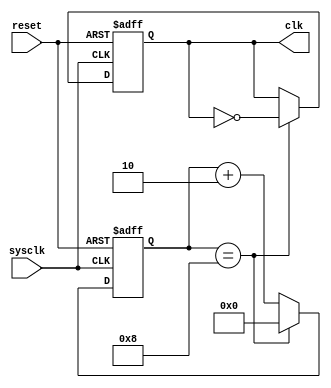
module Clock_P(reset, sysclk, clk);
input reset, sysclk;
output clk;
reg clk;
reg [3:0]state;
always @(posedge reset or posedge sysclk)
begin 
	if(reset)
	begin
		state<=4'b0000;
		clk<=1;
	end
	else begin
		if(state==4'b1000)
		begin
			clk<=~clk;
			state<=4'b0000;
		end
		else
			state<=state+2;
		end
end
endmodule